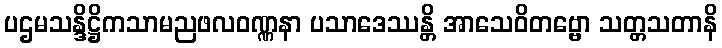
ပဌမသန္ဒိဋ္ဌိကသာမညဖလဝဏ္ဏနာ ပသာဒေဿန္တိ အာသေဝိတဗ္ဗော သတ္တသတာနိ